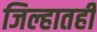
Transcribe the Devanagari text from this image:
जिल्हातही